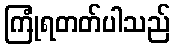
ကြုံရတတ်ပါသည်